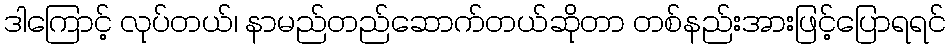
ဒါကြောင့် လုပ်တယ်၊ နာမည်တည်ဆောက်တယ်ဆိုတာ တစ်နည်းအားဖြင့်ပြောရရင်